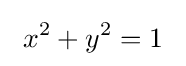
\ x^{2}+y^{2}=1~